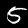
Digit: 5